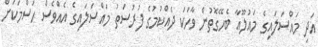
އަދި މައްސަލައިގެ މައުލޫއާ ބެހޭގޮތުން ވާހަކަ ދެއްކުމުގެ ފުރުސަތު މައްސަލައިގެ އެއްވެސް ހަސްމަކަށް